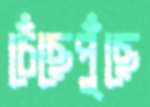
চেঁছেপুঁছে